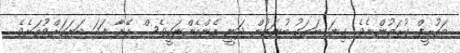
ތައުރީފް ކުރަމުންނެވެ. ގިނަ ބަޔަކު ބުނަމުން ދަނީ އެންމެންނަކީވެސް އޭނާ ފަދަ ބަޔަކަށްވުމަށެވެ.